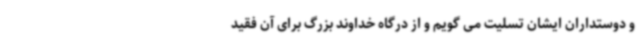
و دوستداران ایشان تسلیت می گویم و از درگاه خداوند بزرگ برای آن فقید